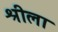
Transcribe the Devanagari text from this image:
श्रीला